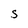
Character: S